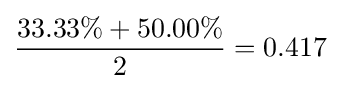
{\frac {33.33\%+50.00\%}{2}}=0.417